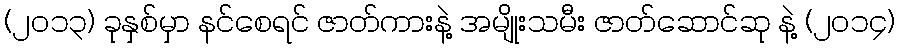
(၂၀၁၃) ခုနှစ်မှာ နင်စေရင် ဇာတ်ကားနဲ့ အမျိုးသမီး ဇာတ်ဆောင်ဆု နဲ့ (၂၀၁၄)